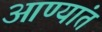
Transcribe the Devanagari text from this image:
आण्यांत